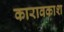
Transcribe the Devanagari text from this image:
कारावकाश